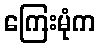
ကြေးမုံက